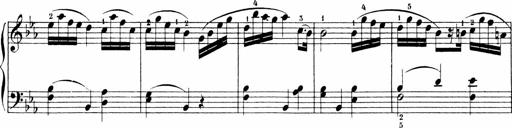
Title: Sonatinen Op.47, 98 und 136, nebst 6 Liedersonatinen
Composer: Carl Reinecke